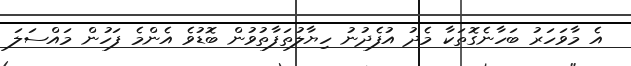
އެ މާވަހަރު ބަހާނެގޮތަކާ މެދު އުފެދުނު ހިޔާލުތަފާތުވުން ބޮޑުވެ އެންމެ ފަހުން މައްސަލަ